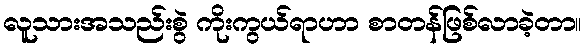
လူသားအသည်းစွဲ ကိုးကွယ်ရာဟာ စာတန်ဖြစ်လာခဲ့တာ။